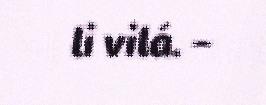
li vilá. –